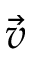
\overrightarrow { v }